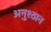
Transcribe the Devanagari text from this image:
अनुश्ठान